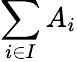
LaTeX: \sum_{i\in I}A_{i}